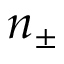
n _ { \pm }